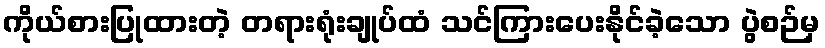
ကိုယ်စားပြုထားတဲ့ တရားရုံးချုပ်ထံ သင်ကြားပေးနိုင်ခဲ့သော ပွဲစဉ်မှ